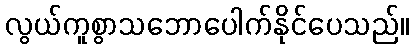
လွယ်ကူစွာသဘောပေါက်နိုင်ပေသည်။